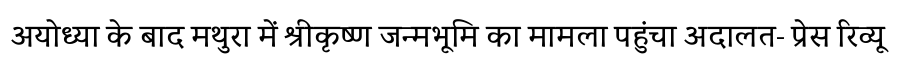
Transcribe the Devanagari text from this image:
अयोध्या के बाद मथुरा में श्रीकृष्ण जन्मभूमि का मामला पहुंचा अदालत- प्रेस रिव्यू